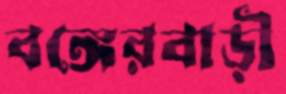
বঙ্গেরবাড়ী